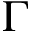
\Gamma